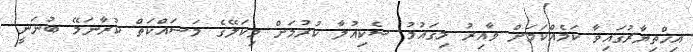
އިޚްތިޔާރުގައިވާ ކަމެއްކަމަށް ވާއިރު މިގައުމު ސެކިއުލާ ކުރުމަށް މިކަލޭގެ މަސައްކަތް ކުރާނަމޭ ބުނަނީ